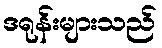
ဒရုန်းများသည်